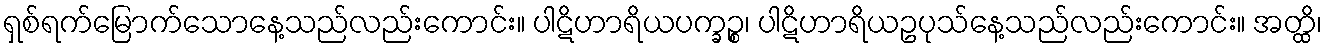
ရှစ်ရက်မြောက်သောနေ့သည်လည်းကောင်း။ ပါဋိဟာရိယပက္ခဉ္စ၊ ပါဋိဟာရိယဥပုသ်နေ့သည်လည်းကောင်း။ အတ္ထိ၊